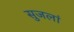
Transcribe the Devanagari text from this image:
सुजलां